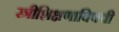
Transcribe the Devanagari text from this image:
स्त्रीशिक्षणाविषयी